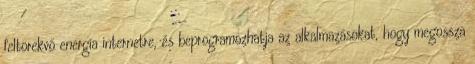
feltörekvő energia internetre, és beprogramozhatja az alkalmazásokat, hogy megossza